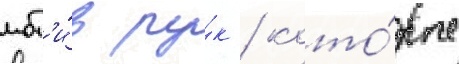
мот'и́в ру́к / кото́рые